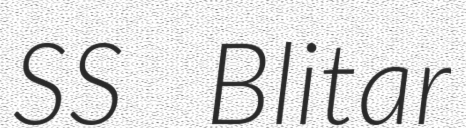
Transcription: SS Blitar